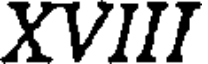
XVIII